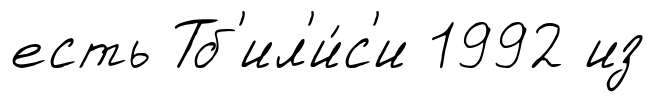
есть Тб'ил'и́с'и 1992 из